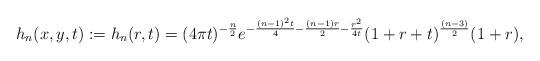
LaTeX: \begin{align*}h_n(x, y,t) := h_n(r,t) = (4 \pi t)^{-\frac{n}{2}} e^{- \frac{(n-1)^2 t}{4} - \frac{(n-1) r}{2} - \frac{r^2}{4t}} ( 1 + r + t)^{\frac{(n-3)}{2}}(1 + r),\end{align*}